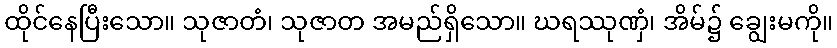
ထိုင်နေပြီးသော။ သုဇာတံ၊ သုဇာတ အမည်ရှိသော။ ဃရဿုဏှံ၊ အိမ်၌ ချွေးမကို။